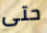
حتى